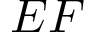
E F